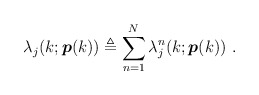
\begin{align*}\lambda_j(k;{\boldsymbol p}(k))\triangleq\sum_{n=1}^N\lambda_j^n(k;{\boldsymbol p}(k)) \ .\end{align*}